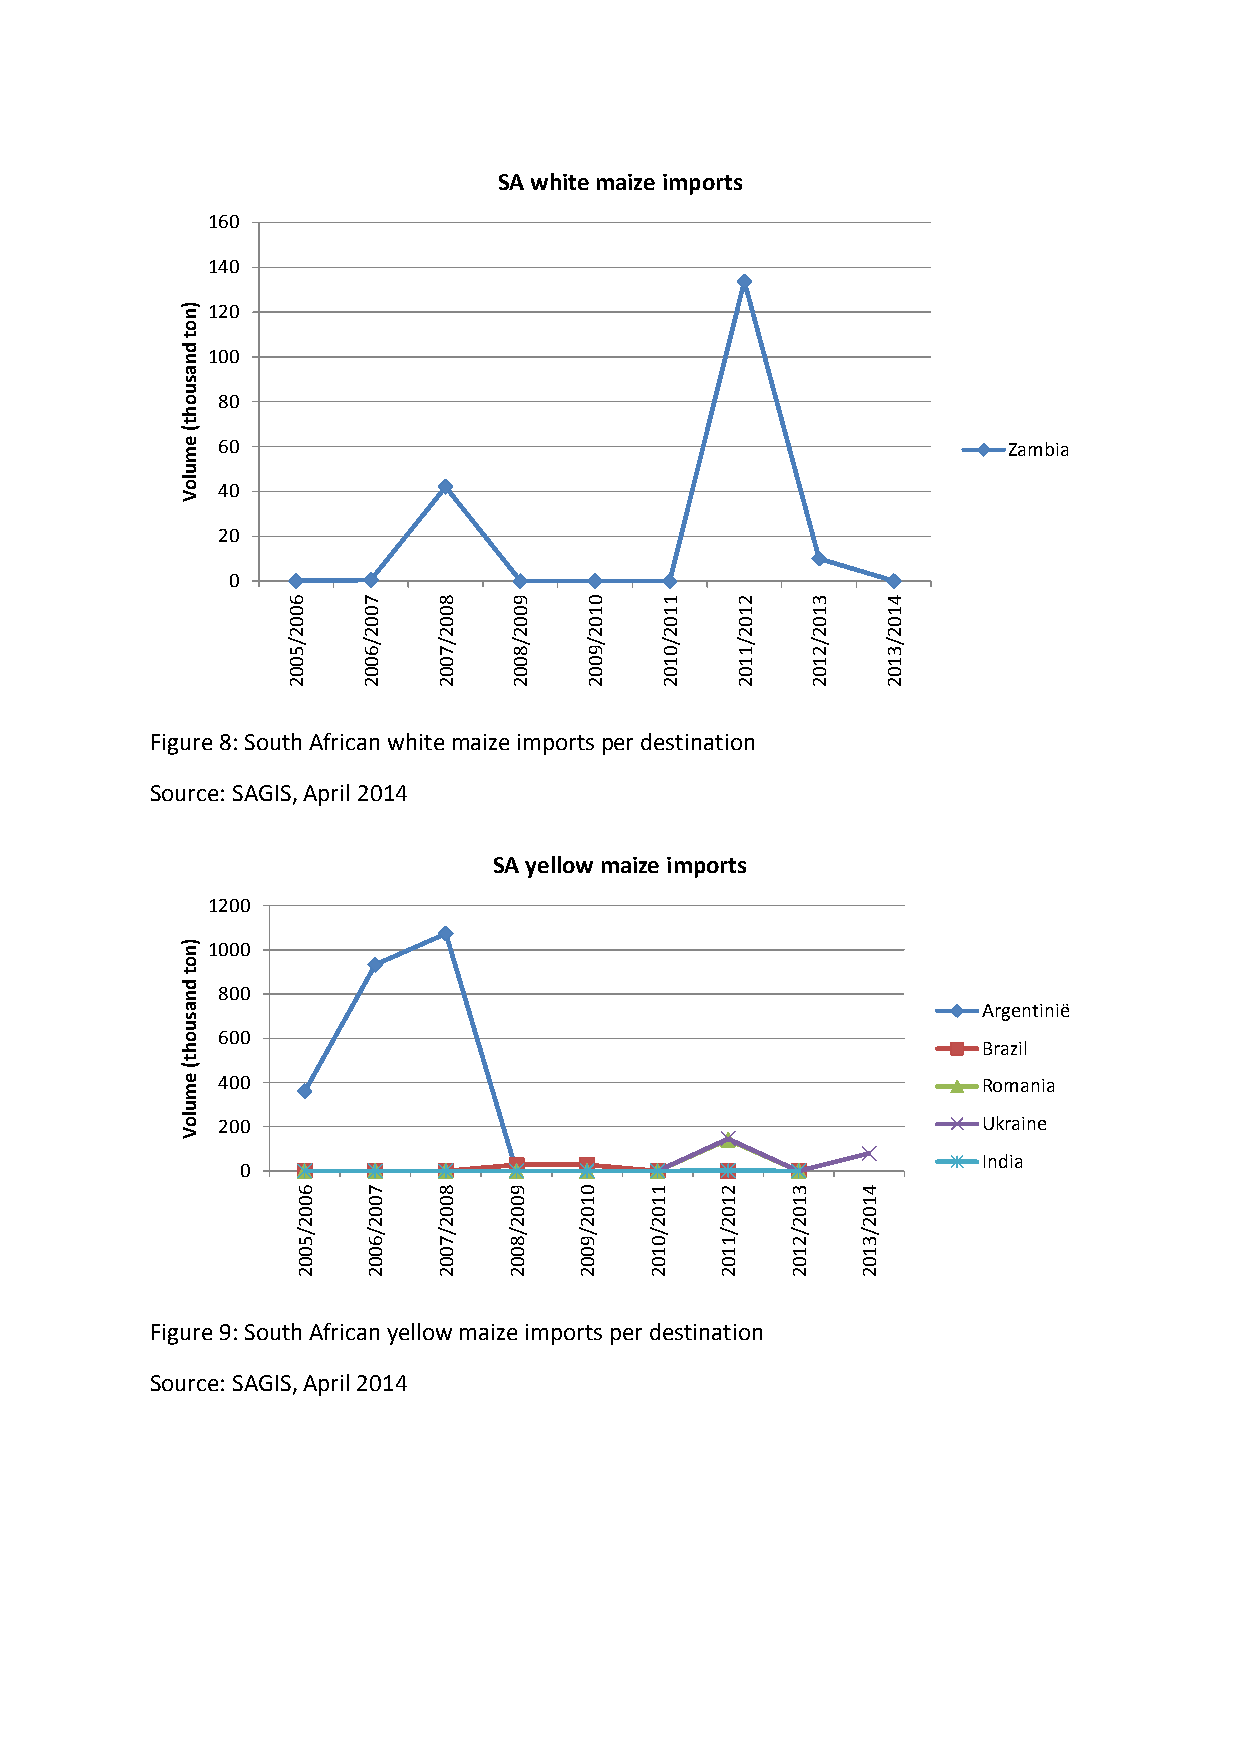
SA white maize imports
 160
 140
 ) n 120
 o
 t
 d n 100
 a
 s
 u
 o 80
 h
 t
 (
 e m 60                                                 Zambia
 u
 lo
 40
 V
 20
 0
 6    7    8    9    0    1    2    3    4
 0    0    0    0    1    1    1    1    1
 0    0    0    0    0    0    0    0    0
 2    2    2    2    2    2    2    2    2
 /    /    /    /    /    /    /    /    /
 5    6    7    8    9    0    1    2    3
 0    0    0    0    0    1    1    1    1
 0    0    0    0    0    0    0    0    0
 2    2    2    2    2    2    2    2    2
 Figure 8: South African white maize imports per destination
 Source: SAGIS, April 2014
 SA yellow maize imports
 1200
 ) n 1000
 o
 t
 d n 800
 a                                                    Argentinië
 s
 u
 o 600
 h                                                    Brazil
 t
 (
 e m 400                                              Romania
 u
 lo 200                                               Ukraine
 V
 India
 0
 6   7    8    9   0    1    2   3    4
 0   0    0    0   1    1    1   1    1
 0   0    0    0   0    0    0   0    0
 2   2    2    2   2    2    2   2    2
 /   /    /    /   /    /    /   /    /
 5   6    7    8   9    0    1   2    3
 0   0    0    0   0    1    1   1    1
 0   0    0    0   0    0    0   0    0
 2   2    2    2   2    2    2   2    2
 Figure 9: South African yellow maize imports per destination
 Source: SAGIS, April 2014